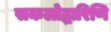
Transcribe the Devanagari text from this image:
सकलोद्धारिणि